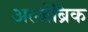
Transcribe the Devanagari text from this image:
अल्जेब्रिक